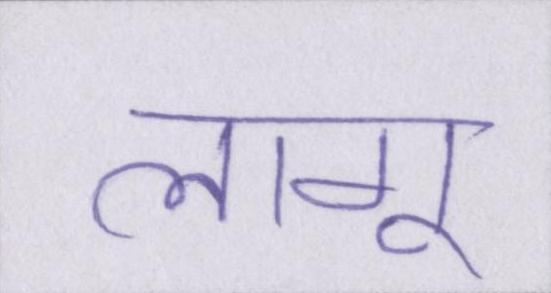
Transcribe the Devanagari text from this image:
लागू